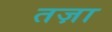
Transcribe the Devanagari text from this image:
तज़ा